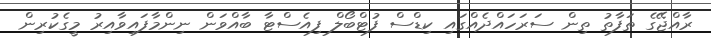
ރާއްޖޭގެ ތަފާތު ތިން ސަރަހައްދެއްގައި ކިޑްސް ފުޓްބޯލް ފިއެސްޓާ ބާއްވަން ނިންމާފައިވާއިރު މީގެކުރިން